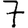
Digit: 7